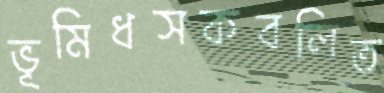
ভূমিধসকবলিত